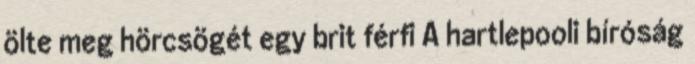
ölte meg hörcsögét egy brit férfi A hartlepooli bíróság